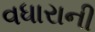
વધારાની